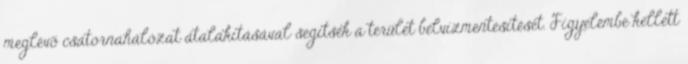
meglévõ csatornahálózat átalakításával segítsék a terület belvízmentesítését. Figyelembe kellett